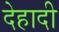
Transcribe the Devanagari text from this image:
देहादी